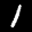
Label: 1